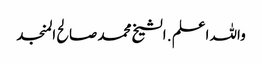
واللہ اعلم . الشیخ محمد صالح المنجد